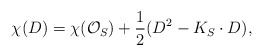
\begin{align*} \chi(D)=\chi(\mathcal{O}_S) + \frac{1}{2}(D^2 -K_S \cdot D), \end{align*}